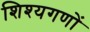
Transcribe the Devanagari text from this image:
शिश्यगणों